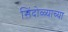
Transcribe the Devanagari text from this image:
सिंदोळ्याच्या